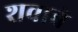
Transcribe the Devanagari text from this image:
शवाबे